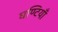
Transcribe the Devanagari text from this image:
घण्टियाँ